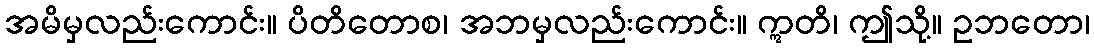
အမိမှလည်းကောင်း။ ပိတိတောစ၊ အဘမှလည်းကောင်း။ ဣတိ၊ ဤသို့။ ဥဘတော၊